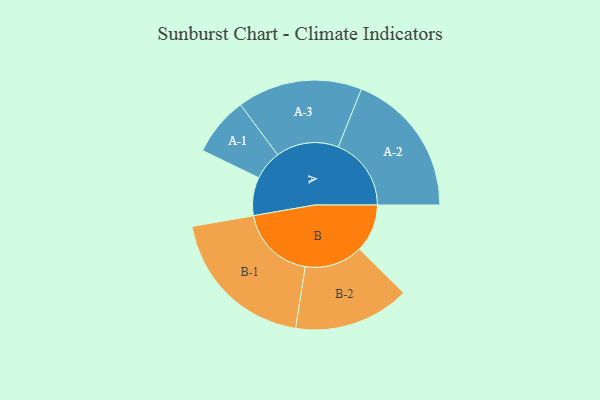
{"axis": {"x": "Segment", "y": "Value"}, "legend": ["", "A", "B"], "data": [{"x": "A", "y": 143, "type": ""}, {"x": "B", "y": 179, "type": ""}, {"x": "A-1", "y": 110, "type": "A"}, {"x": "A-2", "y": 273, "type": "A"}, {"x": "A-3", "y": 234, "type": "A"}, {"x": "B-1", "y": 285, "type": "B"}, {"x": "B-2", "y": 217, "type": "B"}]}